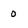
Character: 0